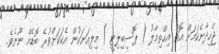
ޖެހިދާނެކަމަށް އޮތް އިޙްތިމާލު ( ޕޮސިބިލިޓީ ) މިލިއަނަކުން އެކަކަށްވުރެ ބޮޑެއް ނޫނެވެ.